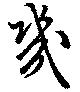
幾